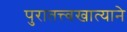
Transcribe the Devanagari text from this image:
पुरातत्त्वखात्याने